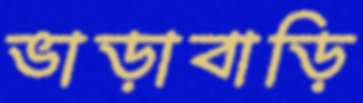
ভাড়াবাড়ি